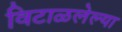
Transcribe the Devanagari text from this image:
विटाळलेल्या